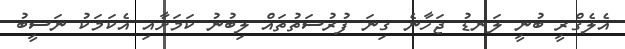
އެލެގްރީ ބުނީ ލަނޑު ޖަހާނެ ގިނަ ފުރުސަތުތައް ލިބުނު ކަމަށާއި އެކަމަކު ނަސީބު